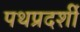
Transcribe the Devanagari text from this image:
पथप्रदर्शी